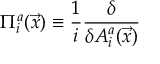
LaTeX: \Pi _ { i } ^ { a } ( \vec { x } ) \equiv \frac { 1 } { i } \frac { \delta } { \delta A _ { i } ^ { a } ( \vec { x } ) }